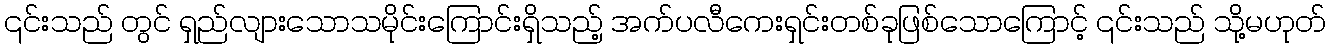
၎င်းသည် တွင် ရှည်လျားသောသမိုင်းကြောင်းရှိသည့် အက်ပလီကေးရှင်းတစ်ခုဖြစ်သောကြောင့် ၎င်းသည် သို့မဟုတ်